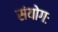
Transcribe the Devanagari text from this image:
संयोगः